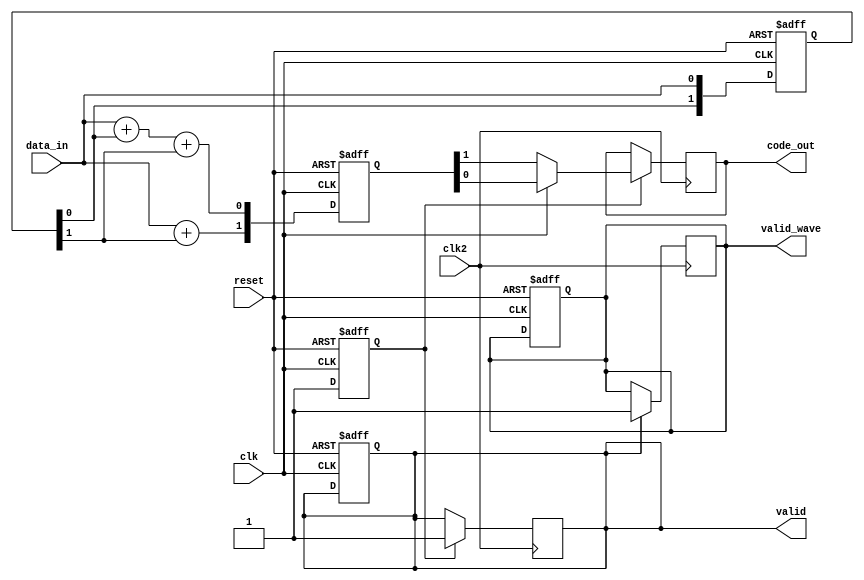
`timescale 1ns / 1ps
module encoder
	(
		clk,
		clk2,
		reset,
		valid,
		valid_wave,
		data_in,
		code_out
	);
	input clk;
	input clk2;
	input reset;
	input wire data_in;
	output reg valid;
	output reg valid_wave;
	output reg code_out;
	reg [1:0] data_out;
	reg flag;


	reg [1:0]state;

	initial
	begin
		valid=0;
		valid_wave=0;
		flag=0;
	end

	always@(posedge clk or negedge reset)
	begin
		if(!reset)
			begin
				data_out <= 2'b0;
				state <= 2'b0;
				valid<=0;
				valid_wave<=0;
				flag<=0;
			end 
		else
			begin
				data_out[0] <= data_in + state[0] + state[1];
				data_out[1] <= data_in + state[1];
				state[1] <= state[0];
				state[0] <= data_in;			
				flag<=1;
			end
	end

	always@(posedge clk2)
	begin
	  if (flag)
	  begin
	  	code_out <= (clk)? data_out[0]: data_out[1];
	  	valid <= 1;
	  end
	  if (valid)
	  begin
	  	valid_wave=1;
	  end
	end
   
endmodule // encoder